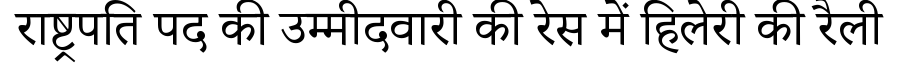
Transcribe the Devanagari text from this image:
राष्ट्रपति पद की उम्मीदवारी की रेस में हिलेरी की रैली